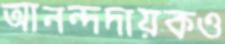
আনন্দদায়কও